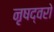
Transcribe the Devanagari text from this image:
नृषद्वरो